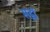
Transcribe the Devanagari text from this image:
सद्नॉ